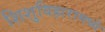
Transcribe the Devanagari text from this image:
शिशुविहारामध्ये